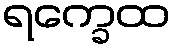
ရက္ခေထ